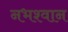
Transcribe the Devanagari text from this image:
नभश्वान